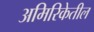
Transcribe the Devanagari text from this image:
अमिरिकेतील